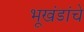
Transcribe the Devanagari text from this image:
भूखंडांचे